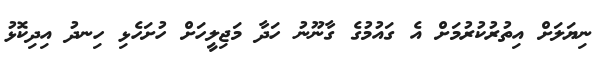
ނިޔަލަށް އިތުރުކުރުމަށް އެ ގައުމުގެ ގާނޫނު ހަދާ މަޖިލީހަށް ހުށަހެޅި ހިނދު އިދިކޮޅު